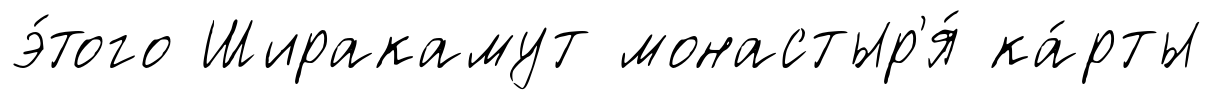
э́того Ширакамут монастыр'я́ ка́рты